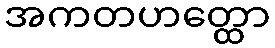
အကတဟတ္ထော